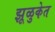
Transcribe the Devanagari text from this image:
झूळुकेत